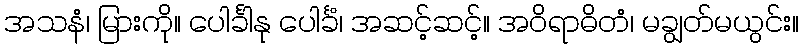
အသနံ၊ မြားကို။ ပေါင်္ခါနု ပေါင်္ခံ၊ အဆင့်ဆင့်။ အဝိရာဓိတံ၊ မချွတ်မယွင်း။